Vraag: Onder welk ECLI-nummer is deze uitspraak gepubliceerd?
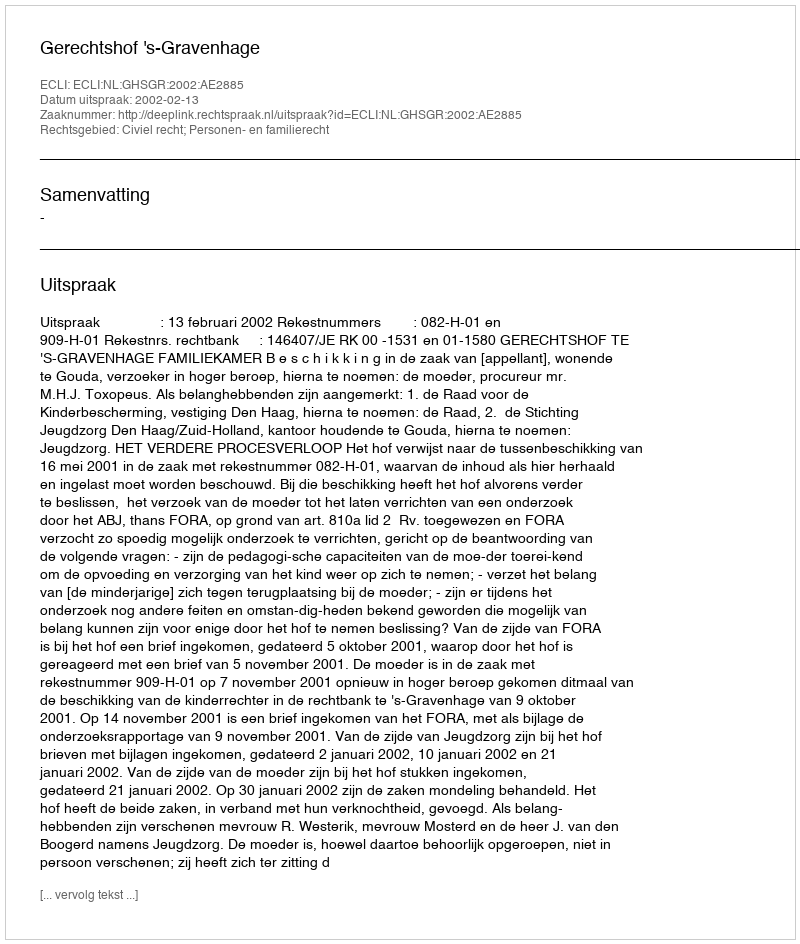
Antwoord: ECLI:NL:GHSGR:2002:AE2885